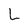
Character: L